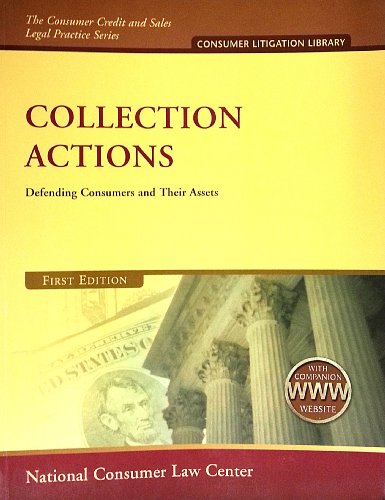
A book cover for Collection Actions National Consumer Law Center (NCLC) (Collection Actions First Edition); National Consumer Law Center; Law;